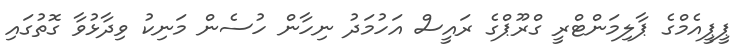
ޕީޕީއެމްގެ ޕާލިމަންޓްރީ ގްރޫޕްގެ ރައީސް އަހުމަދު ނިހާން ހުސެން މަނިކު ވިދާޅުވާ ގޮތުގައި